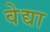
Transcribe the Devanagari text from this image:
वेद्या